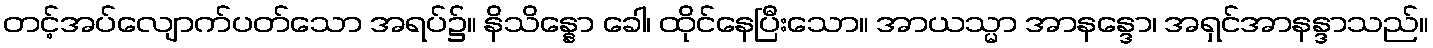
တင့်အပ်လျောက်ပတ်သော အရပ်၌။ နိသိန္နော ခေါ၊ ထိုင်နေပြီးသော။ အာယသ္မာ အာနန္ဒော၊ အရှင်အာနန္ဒာသည်။